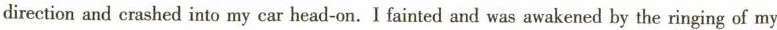
direction and crashed into my car head-on.I fainted and was awakened by the ringing of my